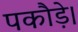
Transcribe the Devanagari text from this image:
पकौड़े।